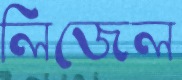
লিজেল